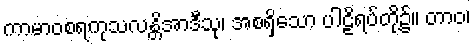
ကာမာဝစရကုသလန္တိအာဒီသု၊ အစရှိသော ပါဠိရပ်တို့၌။ တာဝ၊